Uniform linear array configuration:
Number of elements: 64
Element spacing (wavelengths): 1
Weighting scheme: cosine
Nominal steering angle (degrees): -15
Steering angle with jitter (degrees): -15.074
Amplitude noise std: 0.05
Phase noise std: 0.05

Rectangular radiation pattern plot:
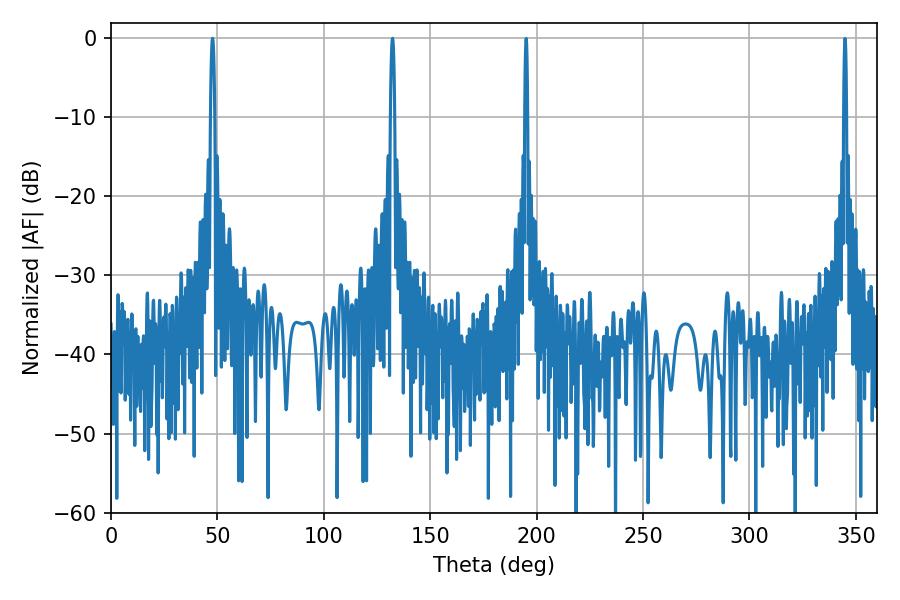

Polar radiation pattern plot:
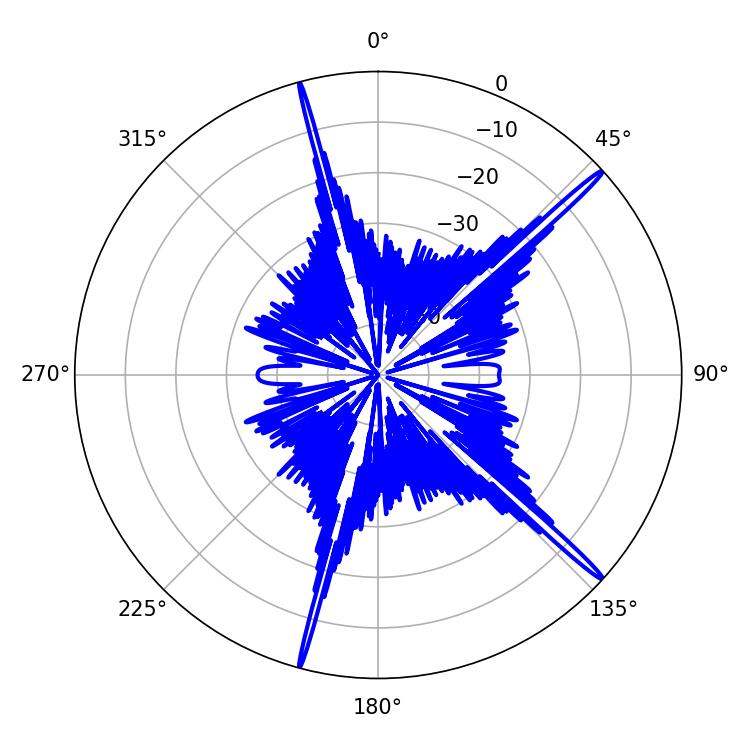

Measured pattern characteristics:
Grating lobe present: TRUE
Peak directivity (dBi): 18.845
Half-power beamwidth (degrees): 1.08
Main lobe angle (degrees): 47.7